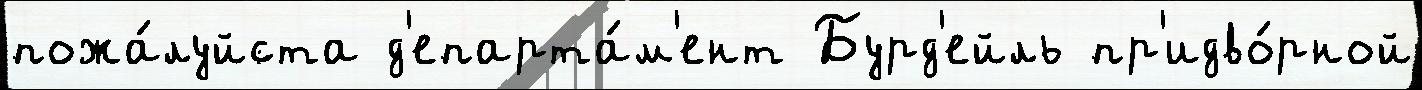
пожа́луйста д'епарта́м'ент Бурд'ейль пр'идво́рной